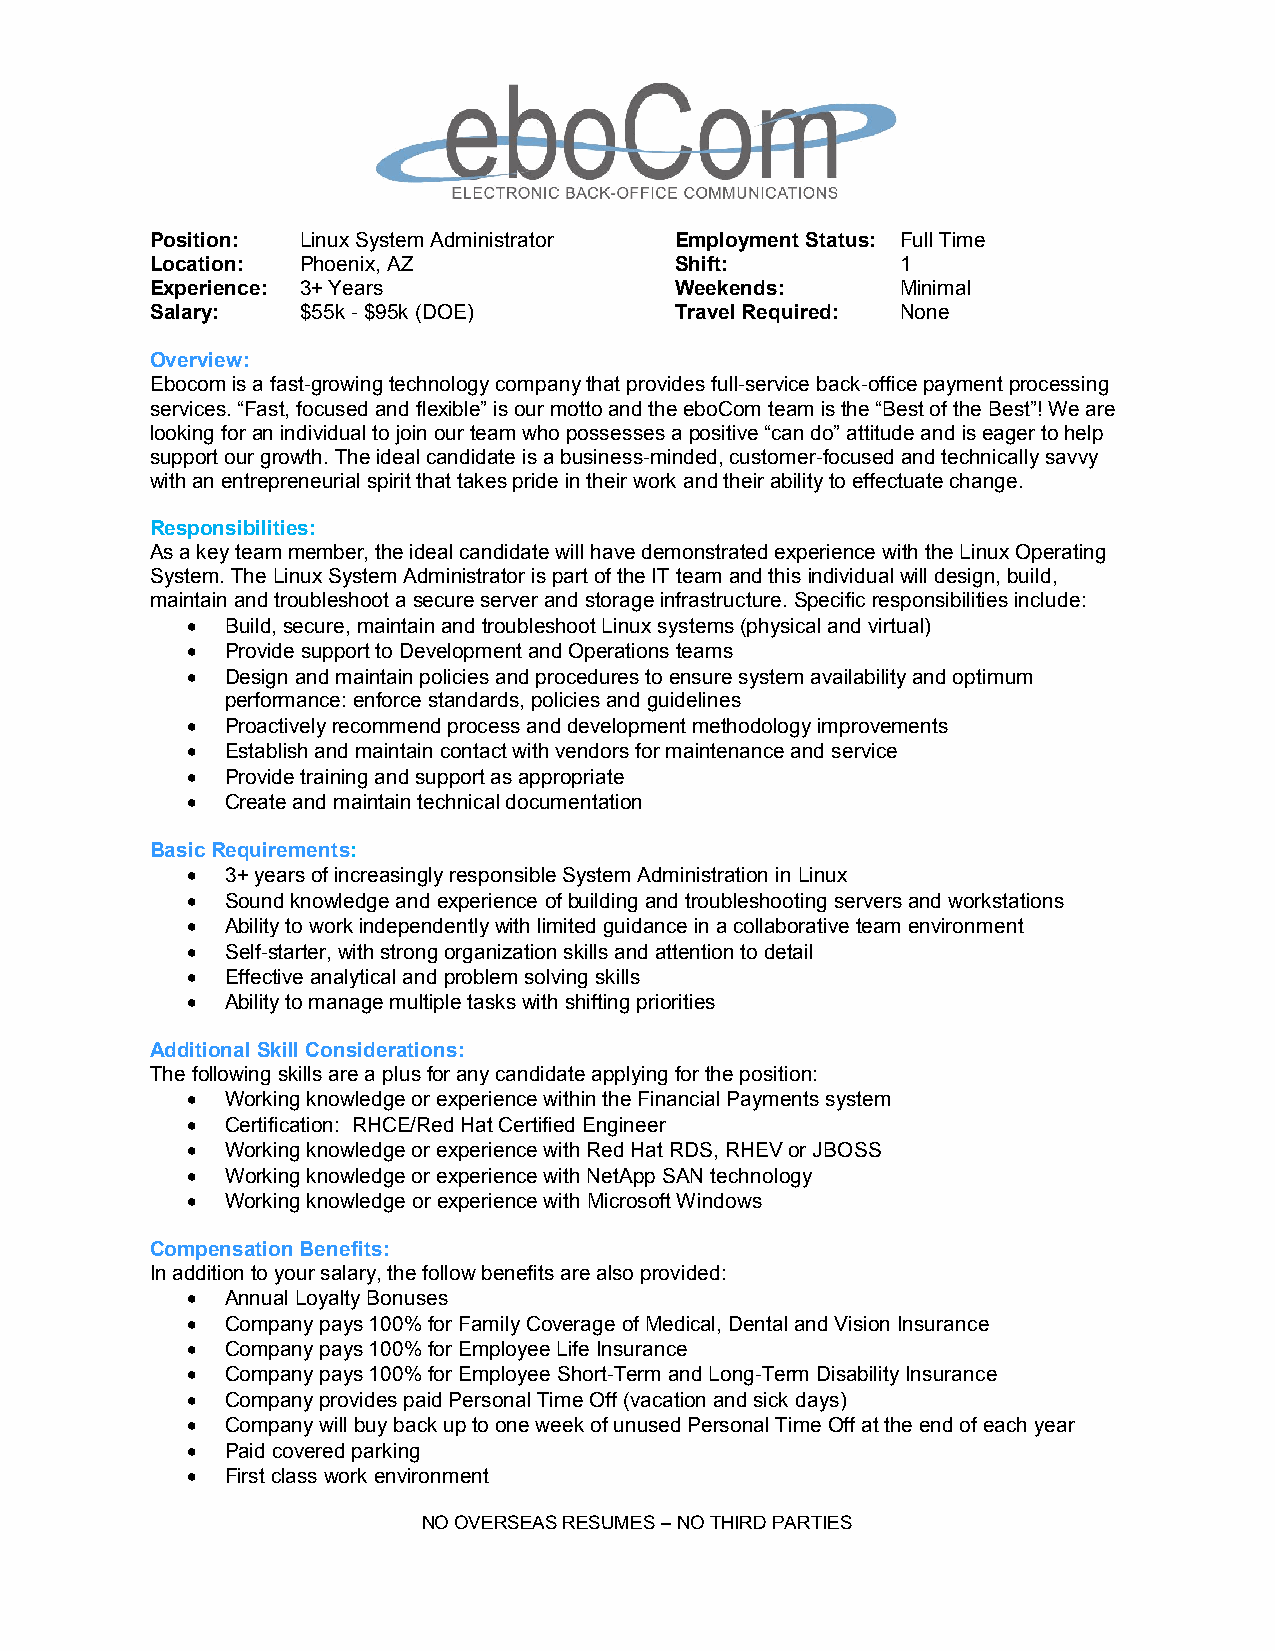
Position: Linux System Administrator Employment Status: Full Time
 Location: Phoenix, AZ              Shift:         1
 Experience: 3+ Years               Weekends:      Minimal
 Salary:   $55k - $95k (DOE)        Travel Required: None
 Overview:
 Ebocom is a fast-growing technology company that provides full-service back-office payment processing
 services. “Fast, focused and flexible” is our motto and the eboCom team is the “Best of the Best”! We are
 looking for an individual to join our team who possesses a positive “can do” attitude and is eager to help
 support our growth. The ideal candidate is a business-minded, customer-focused and technically savvy
 with an entrepreneurial spirit that takes pride in their work and their ability to effectuate change.
 Responsibilities:
 As a key team member, the ideal candidate will have demonstrated experience with the Linux Operating
 System. The Linux System Administrator is part of the IT team and this individual will design, build,
 maintain and troubleshoot a secure server and storage infrastructure. Specific responsibilities include:
   Build, secure, maintain and troubleshoot Linux systems (physical and virtual)
   Provide support to Development and Operations teams
   Design and maintain policies and procedures to ensure system availability and optimum
 performance: enforce standards, policies and guidelines
   Proactively recommend process and development methodology improvements
   Establish and maintain contact with vendors for maintenance and service
   Provide training and support as appropriate
   Create and maintain technical documentation
 Basic Requirements:
   3+ years of increasingly responsible System Administration in Linux
   Sound knowledge and experience of building and troubleshooting servers and workstations
   Ability to work independently with limited guidance in a collaborative team environment
   Self-starter, with strong organization skills and attention to detail
   Effective analytical and problem solving skills
   Ability to manage multiple tasks with shifting priorities
 Additional Skill Considerations:
 The following skills are a plus for any candidate applying for the position:
   Working knowledge or experience within the Financial Payments system
   Certification: RHCE/Red Hat Certified Engineer
   Working knowledge or experience with Red Hat RDS, RHEV or JBOSS
   Working knowledge or experience with NetApp SAN technology
   Working knowledge or experience with Microsoft Windows
 Compensation Benefits:
 In addition to your salary, the follow benefits are also provided:
   Annual Loyalty Bonuses
   Company pays 100% for Family Coverage of Medical, Dental and Vision Insurance
   Company pays 100% for Employee Life Insurance
   Company pays 100% for Employee Short-Term and Long-Term Disability Insurance
   Company provides paid Personal Time Off (vacation and sick days)
   Company will buy back up to one week of unused Personal Time Off at the end of each year
   Paid covered parking
   First class work environment
 NO OVERSEAS RESUMES – NO THIRD PARTIES